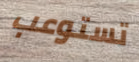
تستوعب